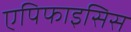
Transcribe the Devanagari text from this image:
एपिफाइसिस